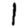
Digit: 1